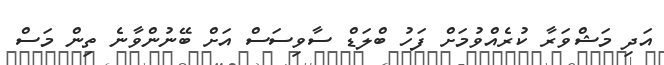
އަދި މަޝްވަރާ ކުރެއްވުމަށް ފަހު ބްލަޑް ސާވިސަސް އަށް ބޭނުންވާނެ ތިން މަސް